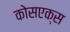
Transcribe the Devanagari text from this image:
कोसएक्स